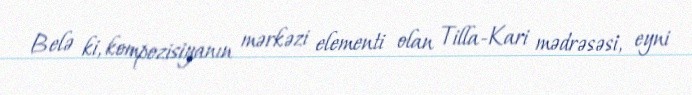
Belə ki, kompozisiyanın mərkəzi elementi olan Tilla-Kari mədrəsəsi, eyni